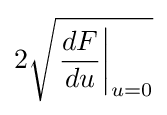
2{\sqrt {\left.{\frac {dF}{du}}\right|_{u=0}}}